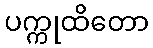
ပက္ကုထိတော